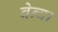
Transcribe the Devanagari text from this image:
बेन्वा